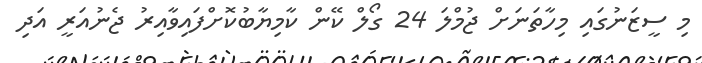
މި ސީޒަނުގައި މިހާތަނަށް ޖުމްލަ 24 ގޯލް ކޭން ކާމިޔާބުކޮށްފައިވާއިރު ޖެނުއަރީ އަދި